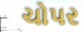
ચોપર